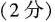
(2分)